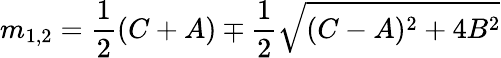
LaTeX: m_{1,2}={\frac{1}{2}}(C+A)\mp{\frac{1}{2}}\sqrt{(C-A)^{2}+4B^{2}}